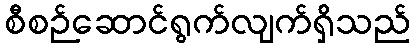
စီစဉ်ဆောင်ရွက်လျက်ရှိသည်